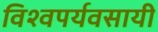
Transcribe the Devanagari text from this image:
विश्वपर्यवसायी